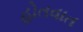
હોતવાત